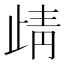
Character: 𭭦